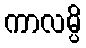
ကာလမ္ပိ